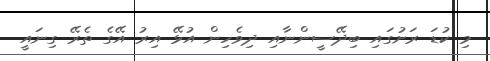
މި ކުޑަ ރަށުގައި ބިދޭސީންނާއި ދިވެހިން އުޅޭ އިރު އޭގެ ތެރޭ ގިނައީ